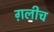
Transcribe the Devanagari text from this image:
ग़लीच